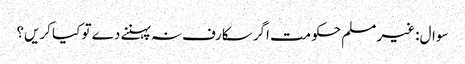
سوال: غیر مسلم حکومت اگر سکارف نہ پہننے دے تو کیا کریں؟